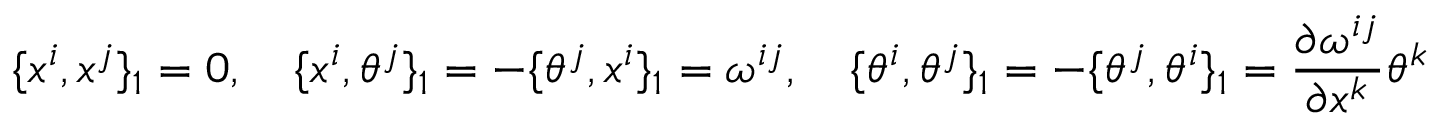
\{ x ^ { i } , x ^ { j } \} _ { 1 } = 0 , \quad \{ x ^ { i } , \theta ^ { j } \} _ { 1 } = - \{ \theta ^ { j } , x ^ { i } \} _ { 1 } = \omega ^ { i j } , \quad \{ \theta ^ { i } , \theta ^ { j } \} _ { 1 } = - \{ \theta ^ { j } , \theta ^ { i } \} _ { 1 } = \frac { \partial \omega ^ { i j } } { \partial x ^ { k } } \theta ^ { k }